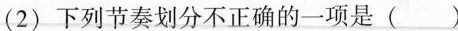
(2)下列节奏划分不正确的一项是( )